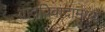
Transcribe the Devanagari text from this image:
वादविवादामध्ये